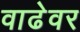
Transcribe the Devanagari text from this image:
वाढेवर